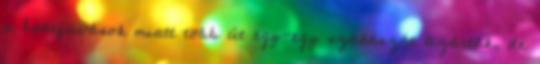
a hóátfúvások miatt több út egy-egy szakaszát lezárták, de